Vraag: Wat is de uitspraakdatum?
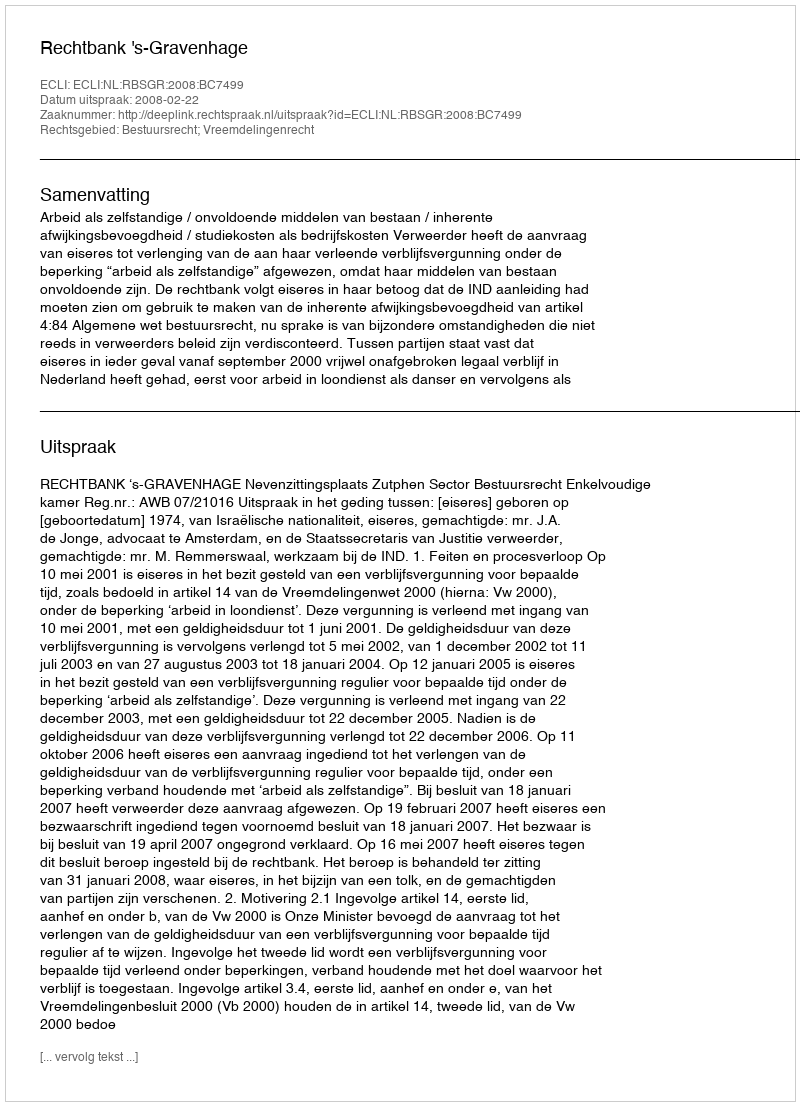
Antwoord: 2008-02-22